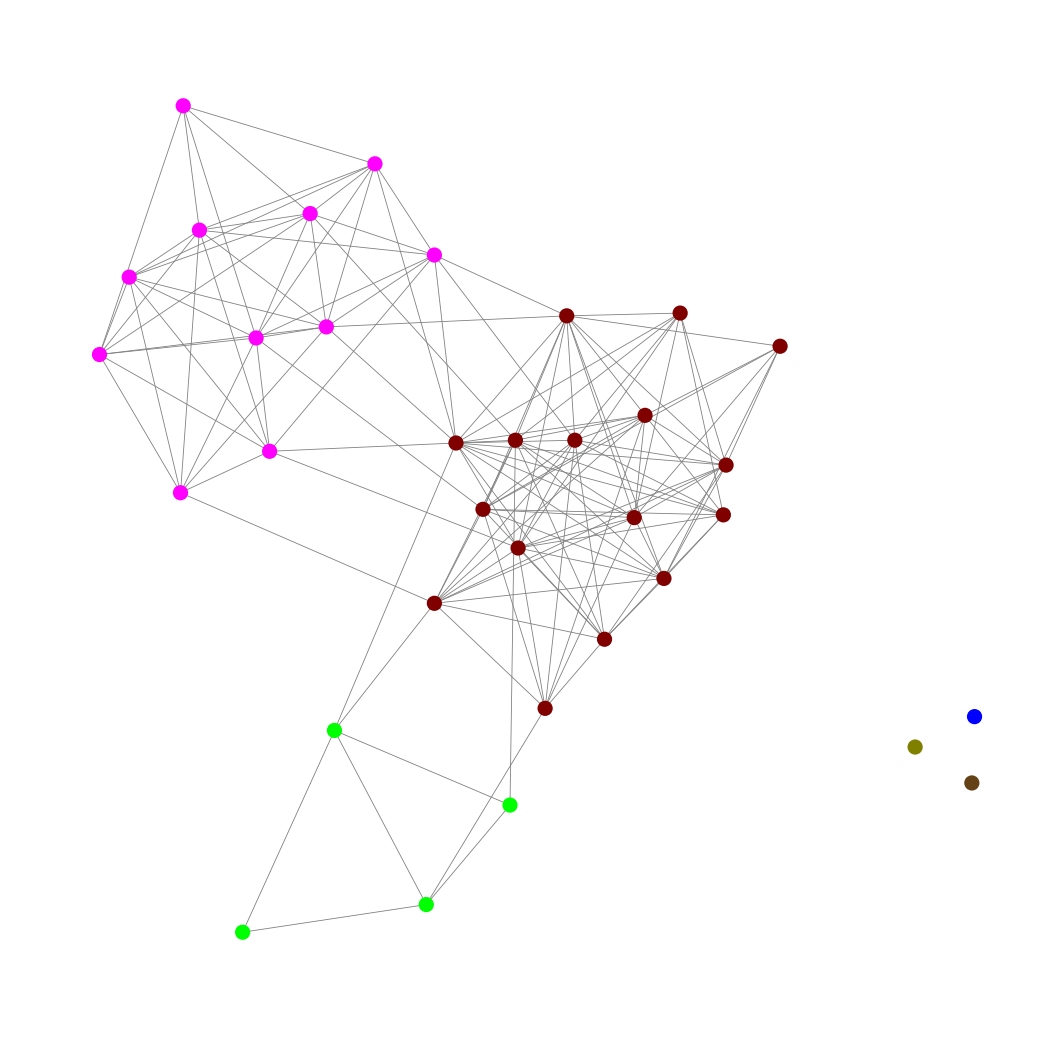
Graph connected: No
Number of connected components: 4
Number of singletons: 3
Total number of nodes: 34
Total number of edges: 140
Number of communities: 6
Community sizes:
Blue: 1
Fuchsia: 11
Lime: 4
Maroon: 16
Olive: 1
Pullman Brown: 1
Graph layout: tda
Graph generation method: erdos_renyi